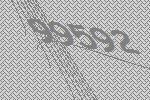
99592